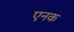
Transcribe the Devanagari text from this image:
एनक